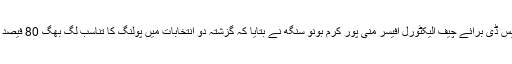
او ایس ڈی برائے چیف الیکٹورل آفیسر منی پور کرم بونو سنگھ نے بتایا کہ گزشتہ دو انتخابات میں پولنگ کا تناسب لگ بھگ 80 فیصد تھا۔